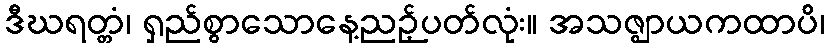
ဒီဃရတ္တံ၊ ရှည်စွာသောနေ့ညဉ့်ပတ်လုံး။ အသဇ္ဈာယကထာပိ၊